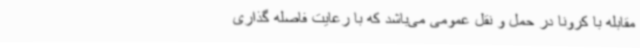
مقابله با کرونا در حمل و نقل عمومی می‌باشد که با رعایت فاصله گذاری